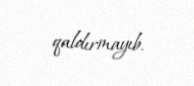
qaldırmayıb.